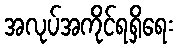
အလုပ်အကိုင်ရရှိရေး